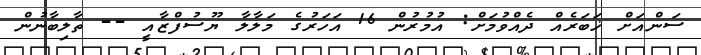
ސަންއަށް ޚަބަރެއް ދެއްވުމަށް: އުމުރުން 16 އަހަރުގެ މަލާލާ ޔޫސުފްޒާއީ -- ތާލިބާނުން